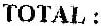
TOTAL :